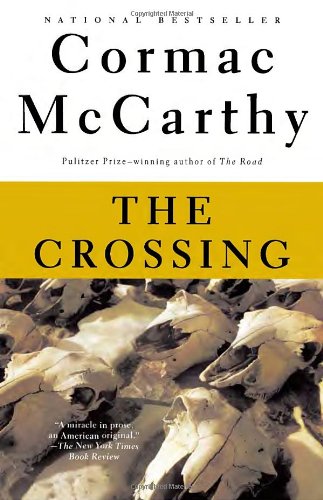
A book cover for The Crossing (The Border Trilogy, Book 2); Cormac McCarthy; Literature & Fiction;